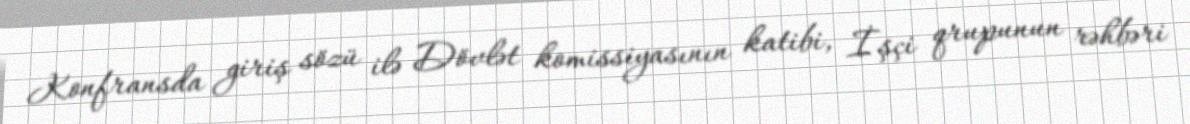
Konfransda giriş sözü ilə Dövlət komissiyasının katibi, İşçi qrupunun rəhbəri